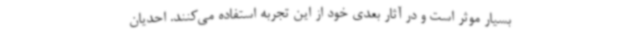
بسیار موثر است و در آثار بعدی خود از این تجربه استفاده می‌کنند. احدیان